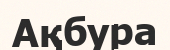
Ақбура